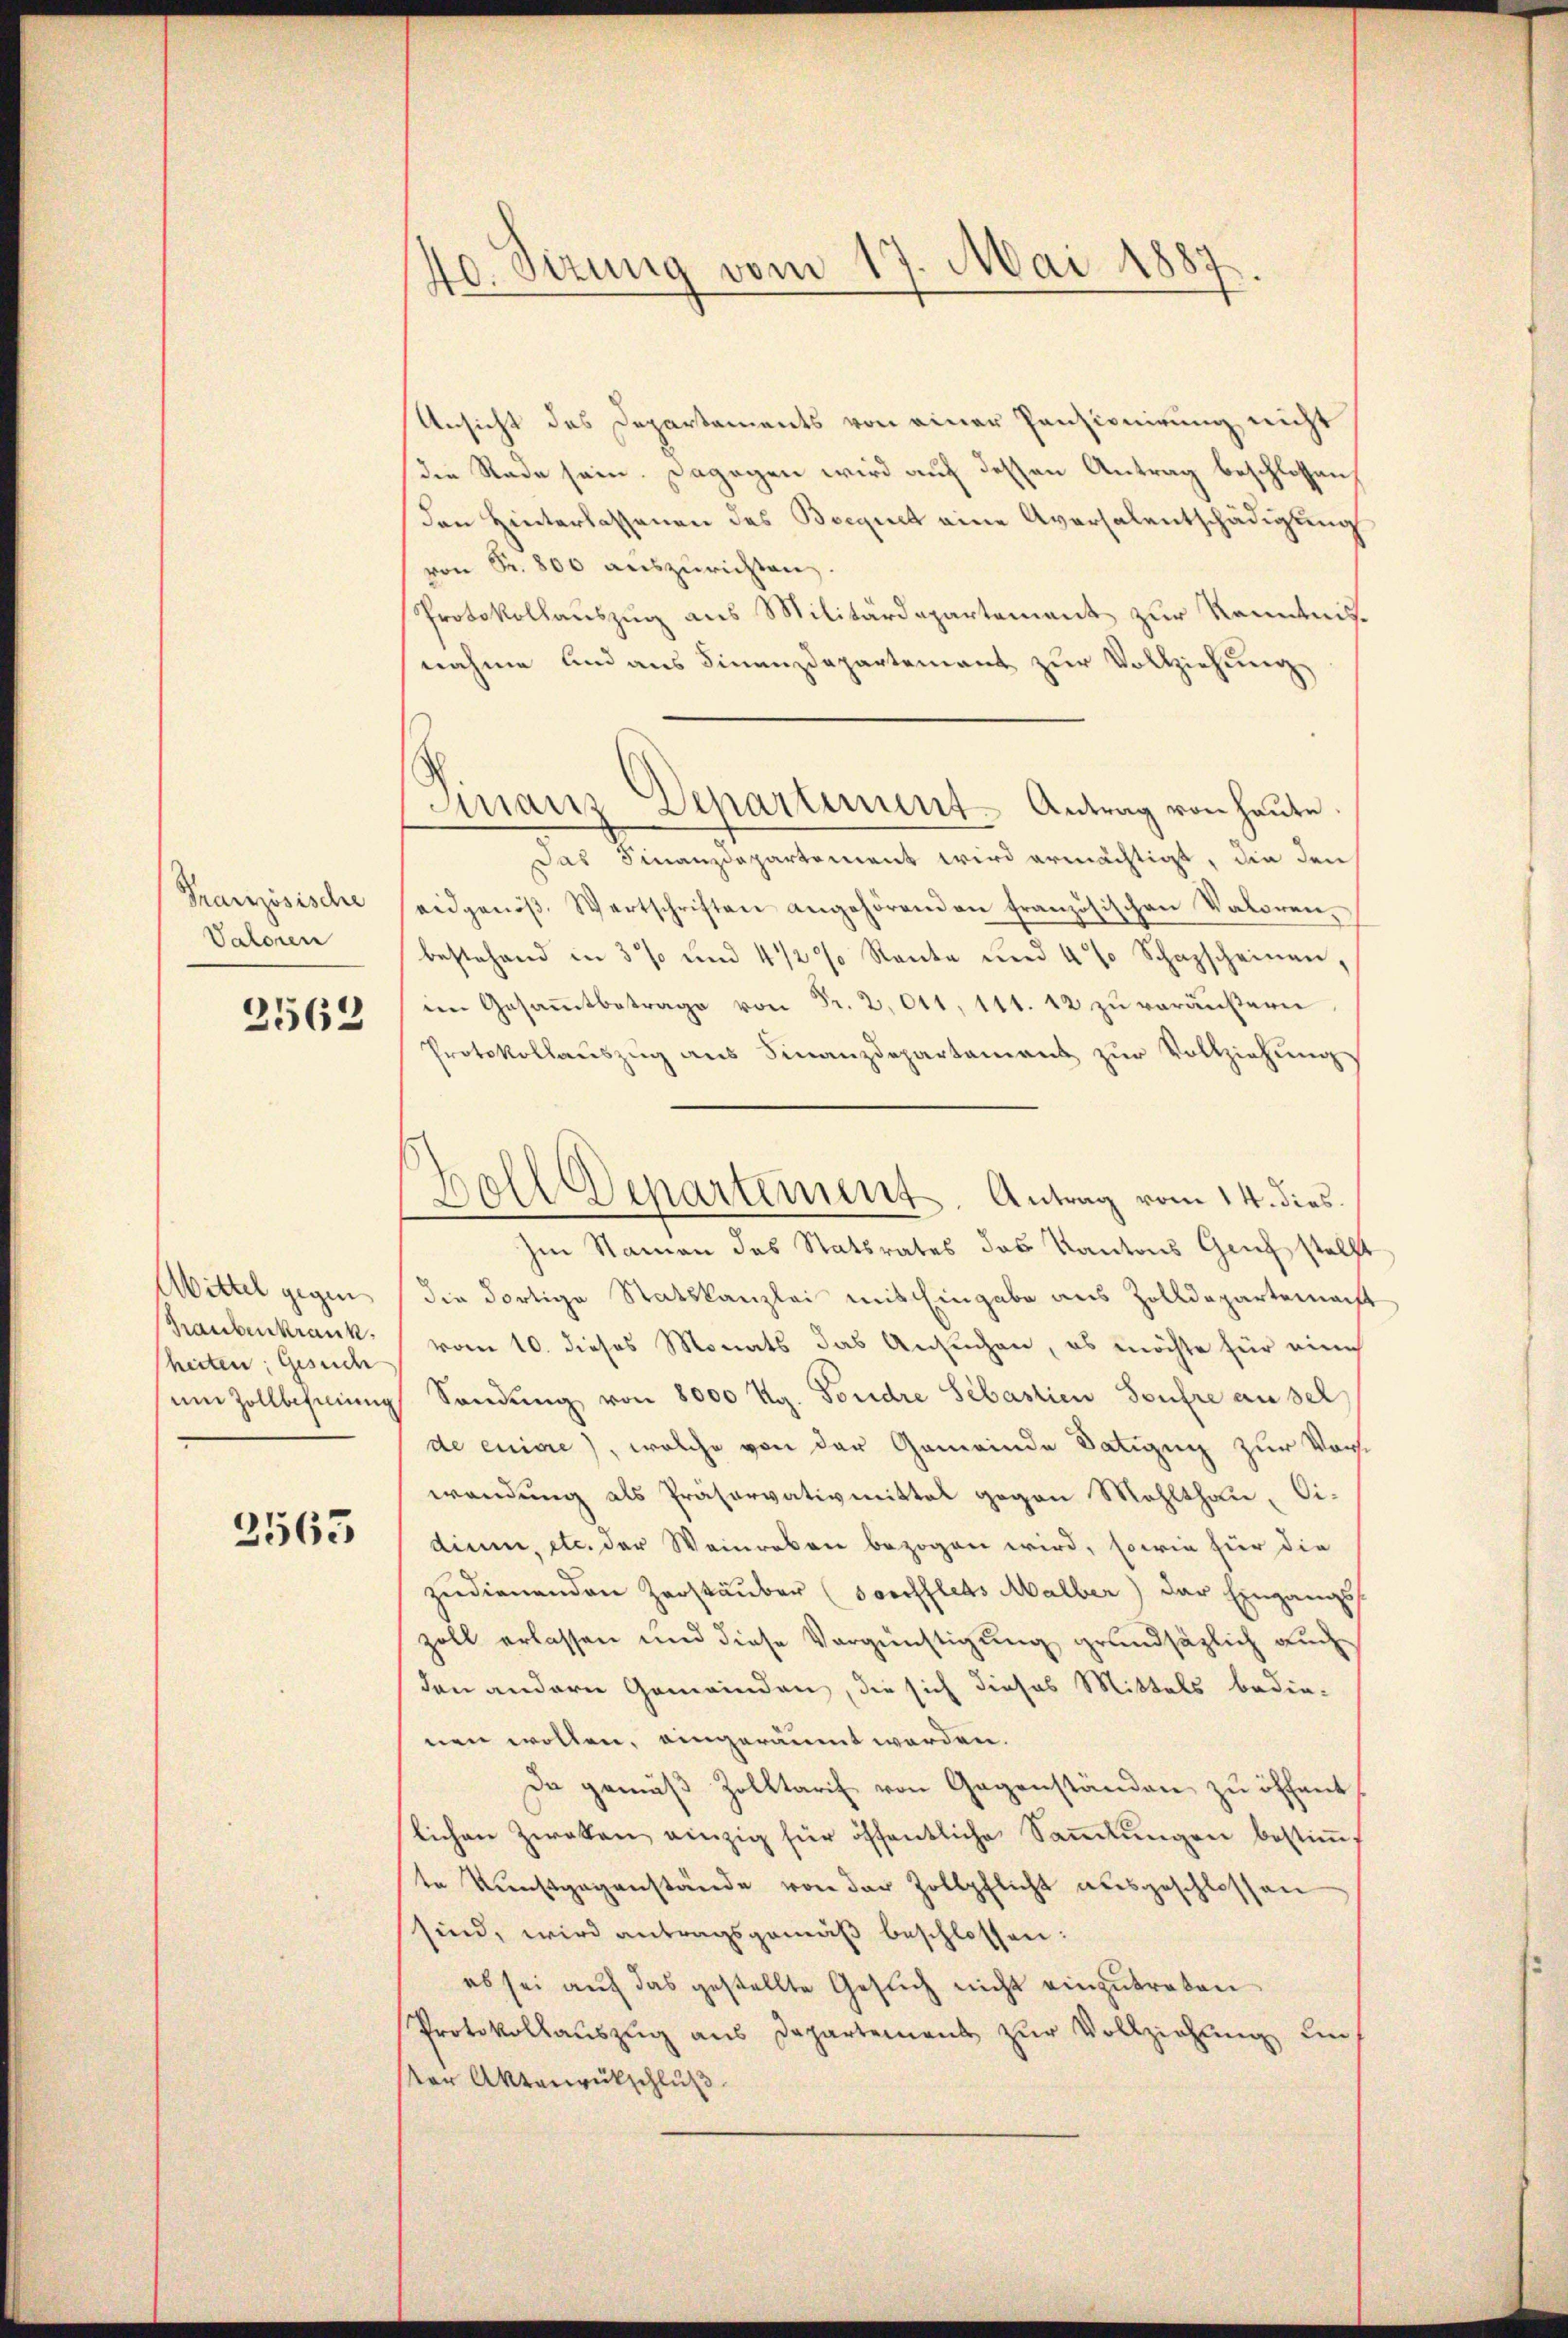
Französische
Valoren

2562

Mittel gegen
Graubenkrank.
heiten; Gesuche
um Zollbehinung

2563

40. Sizung vom 17. Mai 1887

Ansicht des Departements von einer Panzionirung nicht
den Rade sein. Dagegen wird auf dessen Antrag beschlossen,
den Hinterlassenen des Begnet eine Aversalentschädigung
von Fr. 800 auszurichten.
Protokollauszug aus Militärdepartement zur Kenntnisnahme und ans Finanzdepartement zŭr Vollziehŭng
Das Finanzdepartement wird ermächtigt, die den
eidgenöβ, Wertschriften angehörenden französischen Valoren,
bestehend in 3% und 4 1/2% Rente und 4 % Schazscheinen,
im Gesammtbetrage von Fr. 2,041, 141. 12 zu veräußern
Protokollaŭszŭg ans Finanzdepartament zŭr Vollziehŭng
Im Namen des Statsrates das Kantons Geich stellt
die dortige Statskanzlei mit Eingabe aus Zolldepartemacht
vom 10. dieses Monats das Ansuchen, es möchte für eine
Sendung von 8000 Kg. Fondre Sebastien Seufre ausel
de enice), welche von der Gemeinde Datieng zur Vorst
wendung als Präservativmittel gegen Mohlthan, Cidium, etc. der Weinreben bezogen wird, sowie hier die
zerdienenden Zerstäuber (Sorchflets Malber) der Eingangs
zoll erlassen und diese Vergünstigung grundsätzlich auch
den andern Gemeinden, die sich dieses Mittels bedin-
nen wollen, eingeräumt werden.
Da gemäβ Zolltarif von Gegenständen zu öffent
lichen Zweken einzig für öffentliche Saṁlŭngen bestiṁt
te Kunstgegenstände von der Zollpflicht ausgeschlossen
sind, wird antragsgemäß beschlossen:
es sei auf das gestellte Gesuch nicht einzutreten
Protokollauszug aus Departement zur Vollziehung un
ser Aktenrückschluß

Finanz Separtiunt. Antrag von heute.

Ball Departement. Antrag vom 14. dies